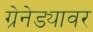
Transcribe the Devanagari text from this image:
ग्रेनेड्यावर